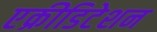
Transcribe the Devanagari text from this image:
एक्रीडिटेशन